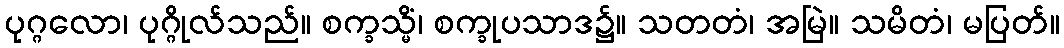
ပုဂ္ဂလော၊ ပုဂ္ဂိုလ်သည်။ စက္ခသ္မိံ၊ စက္ခုပသာဒ၌။ သတတံ၊ အမြဲ။ သမိတံ၊ မပြတ်။